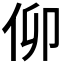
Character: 𠇩